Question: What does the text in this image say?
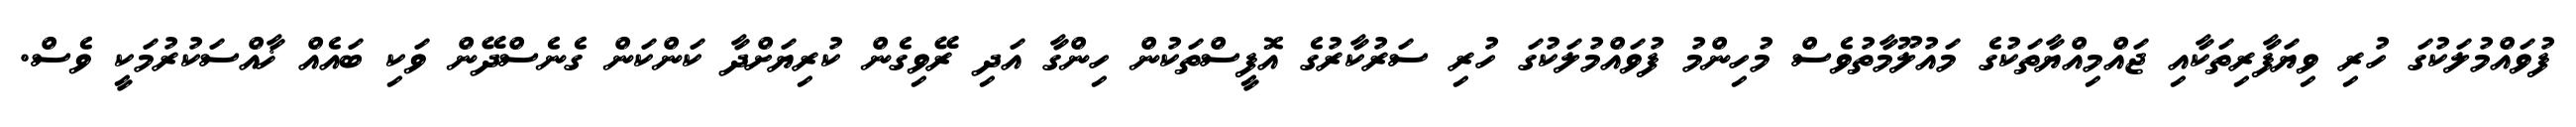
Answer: ފުވައްމުލަކުގަ ހުރި ވިޔަފާރިތަކާއި ޖައްމިއްޔާތަކުގެ މައުލޫމާތުވެސް މުހިންމު ފުވައްމުލަކުގަ ހުރި ސަރުކާރުގެ އޮފީސްތަކުން ހިންގާ އަދި ރޭވިގެން ކުރިޔަށްދާ ކަންކަން ގެނެސްދޭން ވަކި ބައެއް ޚާއްސަކުރުމަކީ ވެސް.